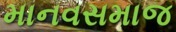
માનવસમાજ